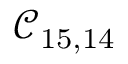
\mathcal { C } _ { 1 5 , 1 4 }